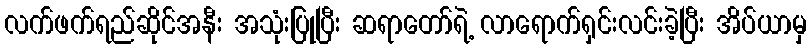
လက်ဖက်ရည်ဆိုင်အနီး အသုံးပြုပြီး ဆရာတော်ရဲ့ လာရောက်ရှင်းလင်းခဲ့ပြီး အိပ်ယာမှ